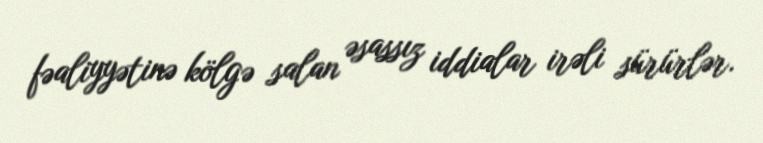
fəaliyyətinə kölgə salan əsassız iddialar irəli sürürlər.